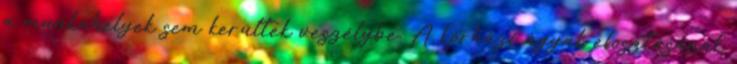
a munkahelyek sem kerültek veszélybe. A kórházi ágyak elosztásának